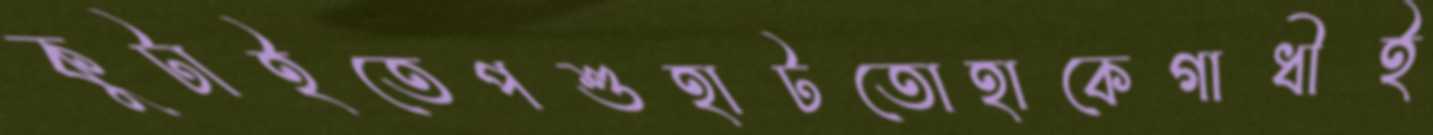
কুটাইতেপশুহাটতোহাকেগাধীই